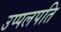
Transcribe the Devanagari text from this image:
उप्पलपति